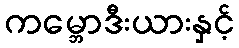
ကမ္ဘောဒီးယားနှင့်